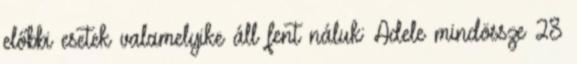
előbbi esetek valamelyike áll fent náluk: Adele mindössze 28